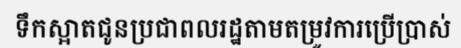
ទឹកស្អាតជូនប្រជាពលរដ្ឋតាមតម្រូវការប្រើប្រាស់